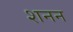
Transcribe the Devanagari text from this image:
शनन